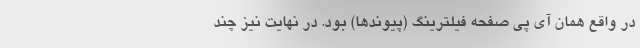
در واقع همان آی پی صفحه فیلترینگ (پیوند‌ها) بود. در نهایت نیز چند